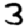
Digit: 3